Vital statistics of India. Vol. IV, Annual returns from 1871 to 1876. British Army of India, Native Army and jails of Bengal
Year: 1871
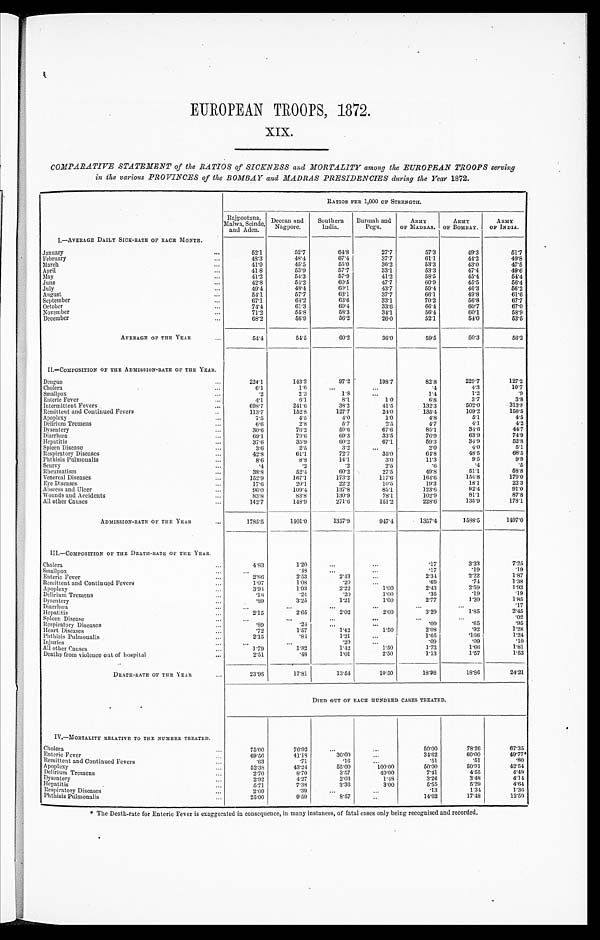
EUROPEAN TROOPS, 1872.
XIX.
COMPARATIVE STATEMENT of the RATIOS of SICKNESS and MORTALITY among the EUROPEAN TROOPS serving
in the various PROVINCES of the BOMBAY and MADRAS PRESIDENCIES during the Year 1872.
RATIOS PER 1,000 OF STRENGTH.
Rnjpootana,
Malwa, Seinde
and Aden.
Deccan and
Na g p o r e .
Southern
India.
Burmah and
Pegu.
ARMY
OF MADRAS.
ARMY
OF BOMBAY.
ARMY
OF INDIA.
I..—AVERAGE DAILY SICK-RATE OF EACH MONTH.
January
...
52. 1
52.7
64.8
67.4
27.7
57.3
49. 3
5 1 . 7
February
...
48.3
48.4
6 7 . 4
3 7 . 7
6 1 . 1
4 4 . 2
4 9 . 8
March...
4 1 . 9
4 5 . 5
5 5 . 0
3 6 . 2
5 3 . 3
4 3 . 0
4 7 . 5
April
...
41.8
5 3 . 9
5 7 . 7
3 3 . 1
53.3
47.4
4 9 . 6
May
41.2
54.3
57.9
41' 2
60.9
45.5
5 6 . 4
June
...
42.8
54.2
60.1
43.7
59.4
46.3
56.2
July
...
49.4
4 8 . 4
6 0 . 1
4 3 . 7
5 9 . 4
49.8
61.6
August...
54.1
57.7
63.1
37.7
70.2
56.8
6 7 . 7
September...
6 7 . 1
64.2
60.4
33.6
66.4
60.7
6 7 . 0
.
October...
7 4 . 4
61.3
58.3
34.1
56.4
60.1
5 8 . 9
November...
68.2
55.8
56.2
26.0
52.1
54.0
5 3 . 5
December...
6 8 . 2
5 6 . 9
5 6 . 2
2 6 . 0
5 2 . 1
5 4 . 0
5 3 . 5 1
AVERAGE OF THE YEAR...
5 4 . 4
54.5
60.2
36.0
59.5
50.3
5 6 . 2
IL— COMPOSITION OF THE ADMISSION-RATE OF THE YEAR.
Dengue...
2 2 4 . 1
143.3
97.2
198.7
82.8
229.7
1 2 7 . 2
Cholera...
6.1
1.6
...
. . .
.4
1.2
.9
Smallpox
.2
2.3
1.8
...
1 . 4
3.7
3 . 8
Enteric Fever
4.1
6.1
8.1
1.0
6.8
3 . 7
3 1 3 . 8
Intermittent Fevers
698.7
241.6
38.2
41.5
132.3
502.0
1 5 8 . 5
Remittent and Continued Fevers...
113.7
152.8
127.7
24.0
1 3 5 . 4
5.1
4 . 5
Apoplexy
7.5
4.5
4.O
1.0
4.8
5 . 1
4.2
Delirium Tremens...
6 . 6
2.8
5.7
2.5
4.7
4.1
4 4 . 7
Dysentery
30.6
76.2
59.6
6 7 . 6
8 5 . 1
63.9
7 4 . 9
Diarrhœa...
69.1
7 9 . 6
6 9 . 3
3 3 . 5
59.3
34. 0009
5 2 . 8
.
Hepatitis..
3 7 . 6
35.9
60.2
67.1
2.0
4 . 0
5 . 1
Spleen Disease...
3 . 6
2.5
3.2
...
2 . 0
48.5
6 8 . 5
Respiratory Diseases
42.8
61.1
72.7
35.0
6 4 . 8
9.5
9 . 9
Phthisis Pulmonalis...
8.6
8.8
1 4 . 1
3 . 0
1 1 . 3
.4
.5
Scurvy...
. 4
.2
.2
2.5
.6
51.1
5 8 . 8
Rheumatism...
38.8
52.4
60.2
27.5
49.8
154.8
1 7 9 . 0
...
Venereal Diseases...
152.9
1 6 7 . 1
1 7 3 . 2
1 1 7 . 6
1 6 4 . 6
1 5 4 . 8
1 7 9 . 0
Eye Diseases...
1 7 . 6
2 0 . 1
22.2
1 0 . 5
1 9 . 3
1 8 . 1
2 2 . 3
Abscess and Ulcer...
9 6 . 0
109.4
137.8
85.1
1 2 3 . 6
9 2 . 4
9 1 . 0
Wounds and Accidents
83.8
83.8
130.9
78.1
102.9
135.9
1 7 8 . 1
All other Causes...
142.7
148.9
271.6
151.2
228.6
1 3 5 . 9
1 7 8 . 1
ADMISSION-RATE OF THE YEAR
1785.5
1401.0
1357.9
947.4
1357.4
1588.5
1 4 9 7 . 0
III.—COMPOSITION OF THE DEATH-RATE OF THE YEAR.
Cholera
4.83
1.20
...
. . .
.17
3.33
7 . 2 5
Smallpox Enteric Fever
. . .
. . .
2.86
. 4 8
2.53
. . .
2.43
. . .
. . .
. 1 7
2.34
. 1 9
2.22
. 1 9
1 . 8 7
Remittent and Continued Fevers
...
1.07
1.08
.20
...
. 6 9
7 . 4
1 . 3 8
A poplexy
3.94
1 . 9 3
2 . 2 2
1.00
2 . 4 3
2 . 5 9
1 . 9 3
Delirium Tremens
. . .
.18
.24
. 2 0
1 . 0 0
2.77
1.20
1 . 8 5
Dysentery
...
.89
3.25
1.21
1.00
. 3 5
. 1 9
. 1 9
Diarrhœa...
. . .
. . .
. . .
. . .
. . .
. . .
0 1 7
Hepatitis
. . .
2.15
2.65
2.02
2.00
3.29
1 . 8 5
2 . 4 5
Spleen Disease
...
. . .
. . .
. . .
. . .
. . .
. . .
. 0 2
Respiratory Diseases
. . .
.89
. 2 4
...
. . .
. 0 9
. 6 5
. 9 5
Heart Diseases
...
.72
1.57
1.42
1 . 5 0
2 . 0 8
. 9 2
1 . 2 8
Phthisis Pulmonalis
. . .
2.15
.84
1.21
. . .
1.65
. 1 6 6
1 . 2 4
Injuries
. . .
...
.20
. . .
1.73
1.66
1.81
All other Causes
1.79
1.32
1.42
2.50
1.13
1.57
1.53
Deaths from violence out of hospital...
2 . 5 1
.48
1.01
2 . 5 0
1 . 1 3
1 . 5 7
1 . 5 3
DEATH-RATE 0F THE YEAR
23.98
17.81
13.54
10.50
18.98
18.86
2 4 . 2 1
DIED OUT OF EACH HUNDRED CASES TREATED.
IV.—MORTALITY RELATIVE TO THE NUMBER TREATED.
Cholera
75.00
76.92
. . .
. . .
50. 00
78.26
6 7 . 3 5
Enteric Fever
69.56
41.18
30.00
. . .
34. 62
60.00
49. 77*
Remittent and Continued Fevers
.63
.71
. 1 6
. . .
. 5 1
. 5 1
. 8 0
Apoplexy
52.38
43.24
55.00
100.00
5 0 . 0 0
5 0 . 9 1
4 2 . 5 4
Delirium Tremens
2.70
8. 70
3.57
40.00
7. 41
3.48
4 . 1 4
Dysentery...
2.92
4. 27
2.03
1.48
3. 26
5.29
4 . 6 4
Hepatitis...
5 . 7 1
7.38
3.36
3. 00
5 . 5 5
1.34
1.36
Respiratory Diseases
... 2.09
.39
. . .
. . .
14. 62
17.48
1 2 . 5 9
Phthisis Pulmonalis
25.00
9. 59
8.57
. . .
1 4 . 6 2
1 7 . 4 8
1 2 . 5 9
* The Death-rate for Enteric Fever is exaggerated in consequence, in many instances, of fatal cases only being recognised and recorded.